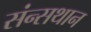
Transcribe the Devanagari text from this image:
संन्सथान